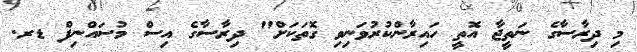
މި ދިރާސާގެ ނަތީޖާ އޮތީ ހައިރާންކުރުވަނިވި ގޮތަކަށް" ދިރާސާގެ އިސް މުސައްނިފް ޑރ.